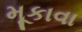
મૂકાવા